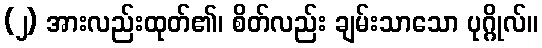
(၂) အားလည်းထုတ်၏၊ စိတ်လည်း ချမ်းသာသော ပုဂ္ဂိုလ်။